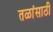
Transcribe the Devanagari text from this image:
तळांसाठी